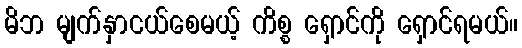
မိဘ မျက်နှာငယ်စေမယ့် ကိစ္စ ရှောင်ကို ရှောင်ရမယ်။